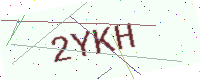
Text: 2YKH